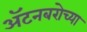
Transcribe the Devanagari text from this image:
ॲटनबरोच्या